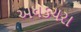
અધકચરા